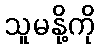
သူမနို့ကို